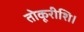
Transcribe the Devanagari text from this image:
तोकूरीशि।